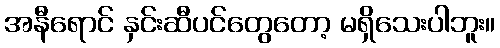
အနီရောင် နှင်းဆီပင်တွေတော့ မရှိသေးပါဘူး။